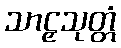
သာဠှသုတ္တံ